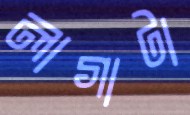
লাগাটা